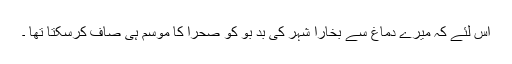
اس لئے کہ میرے دماغ سے بخارا شہر کی بد بو کو صحرا کا موسم ہی صاف کرسکتا تھا ۔